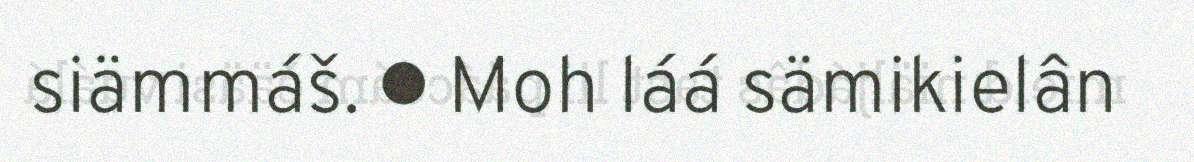
siämmáš. ● Moh láá sämikielân